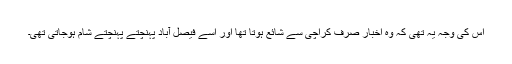
اس کی وجہ یہ تھی کہ وہ اخبار صرف کراچی سے شائع ہوتا تھا اور اسے فیصل آباد پہنچتے پہنچتے شام ہوجاتی تھی۔